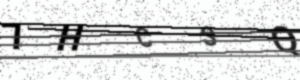
Text: 7HCSQ